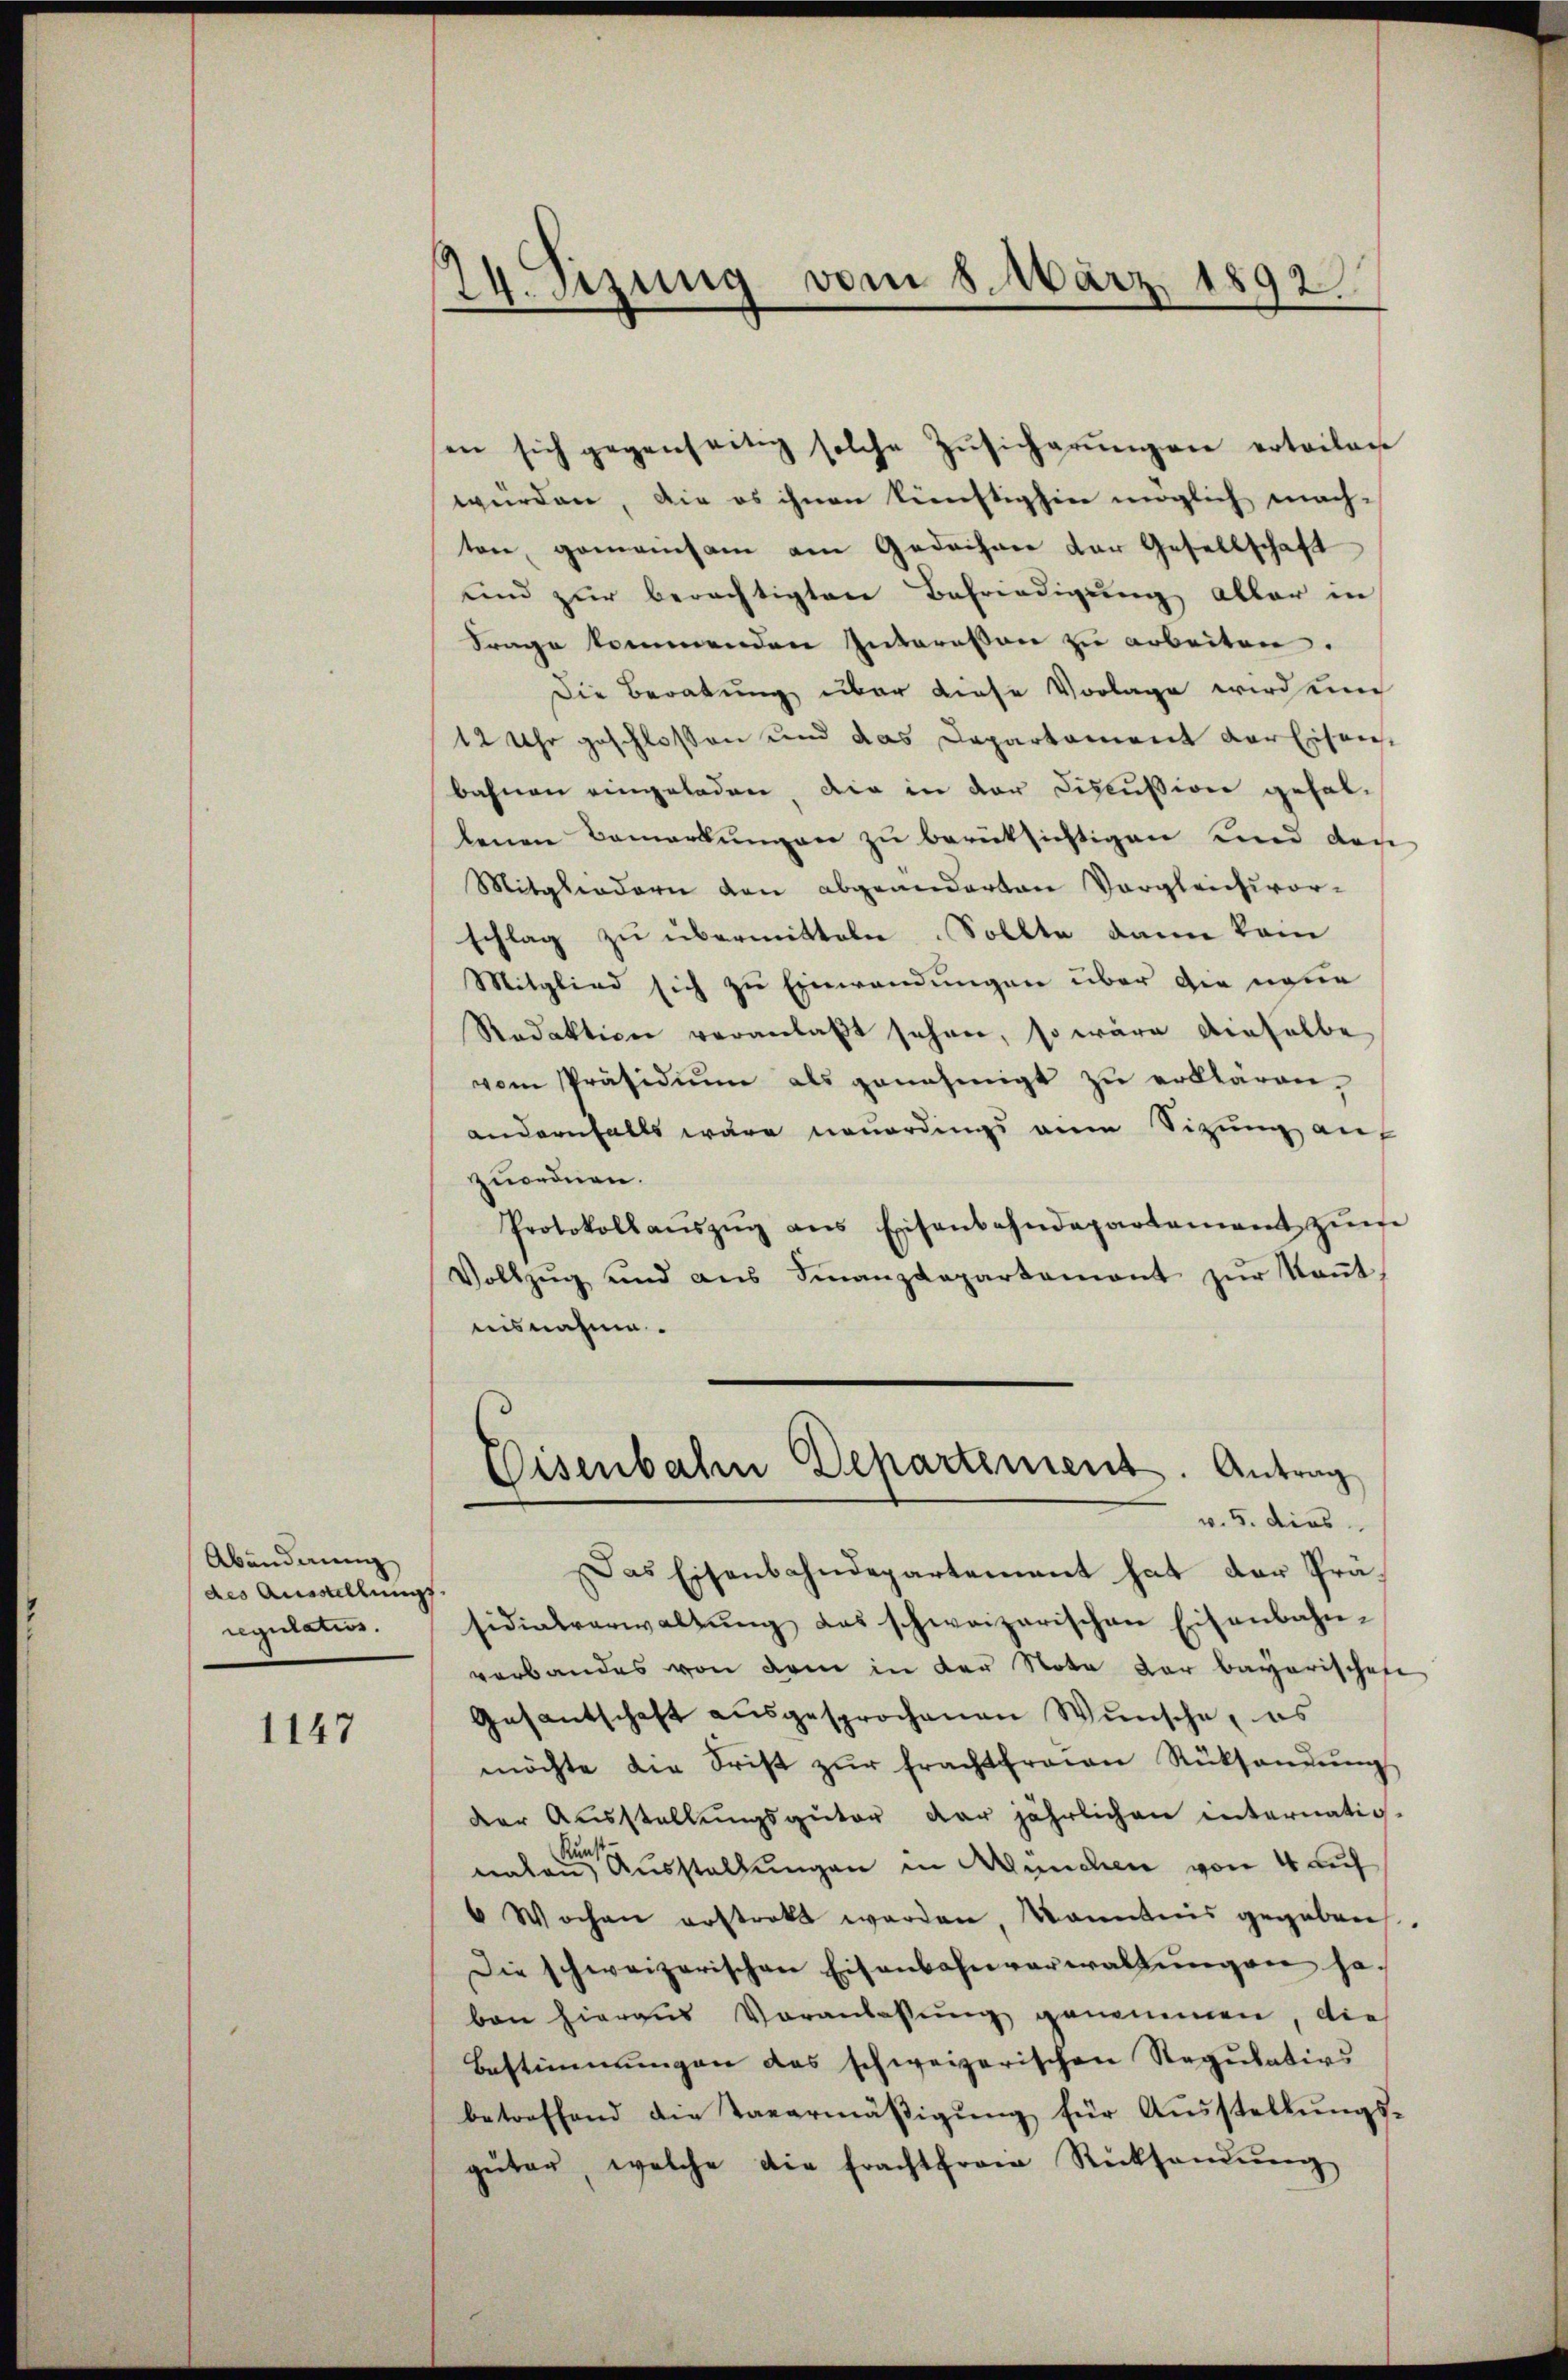
Abänderung
des Ausstellungs
regulation.

1147

24. Sitzung vom 8. März 1892

sen sich gegenseitig solche Zŭsicherŭngen erteilen
würden, die es ihnen künftighin möglich mach-
ten, gemeinsam am Gedachner der Gesellschaft
und zur berechtigten Befriedigung abbar in
Frage kommenden Interessen zu arbeiten.
Die Beratung über diese Vorlage wird und
12 Uhr geschlossen und das Departement der Eisenbahnen eingeladen, die in der Discussion gefallenen Bemerkungen zu berücksichtigen und den
Mitgliedern von abgeänderten Vergleichsvor-
schlag zu übermitteln. Sollte dann kein
Mitglied sich zu Einwendungen über die neue
Redaktion veranlaßt sehen, so wäre dieselbe
vom Präsidiŭm als genehmigt zŭ erklären,
andernfalls wäre neuerdings ein Sitzung auf
zuordnen.
Protokollaŭszŭg ans Eisenbahndepartement zŭm
Vollzŭg und ans Finanzdepartement zŭr Kaṅt,
uisnahme.

Eisenbahn Departement. Antrag
v. 5. dies
Das Eisenbahndepartement hat der Prä¬

sidialverwaltŭng des schweizerischen Eisenbahn-
verbandes von dem in der Nota der bayerischofe
Gesantschaft ausgesprochenen Wunsche, es
möchte die Frist zŭr Frachtfrauen Rüksanŭng
der Ausstellŭngsgüter der jährlichen internatio-
Au
naten Ausstellungen in München von 4 auf
6 Wochen erstratt werden, kanntnis gegeben.
Die schweizerischen Eisenbahnverwaltŭngen ha-
ben hieraus Voranlassung genommen, die
Bestimmungen das schweizerischen Regulativs
betreffend die Tavermäβigŭng für Aŭsstellŭngs-
güter, welche die Frachtfreie Rücksendŭng